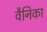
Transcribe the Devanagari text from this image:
वैनिका